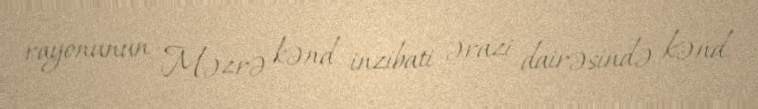
rayonunun Məzrə kənd inzibati ərazi dairəsində kənd.